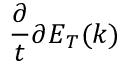
\frac { \partial } { t } { \partial E } _ { T } ( k )